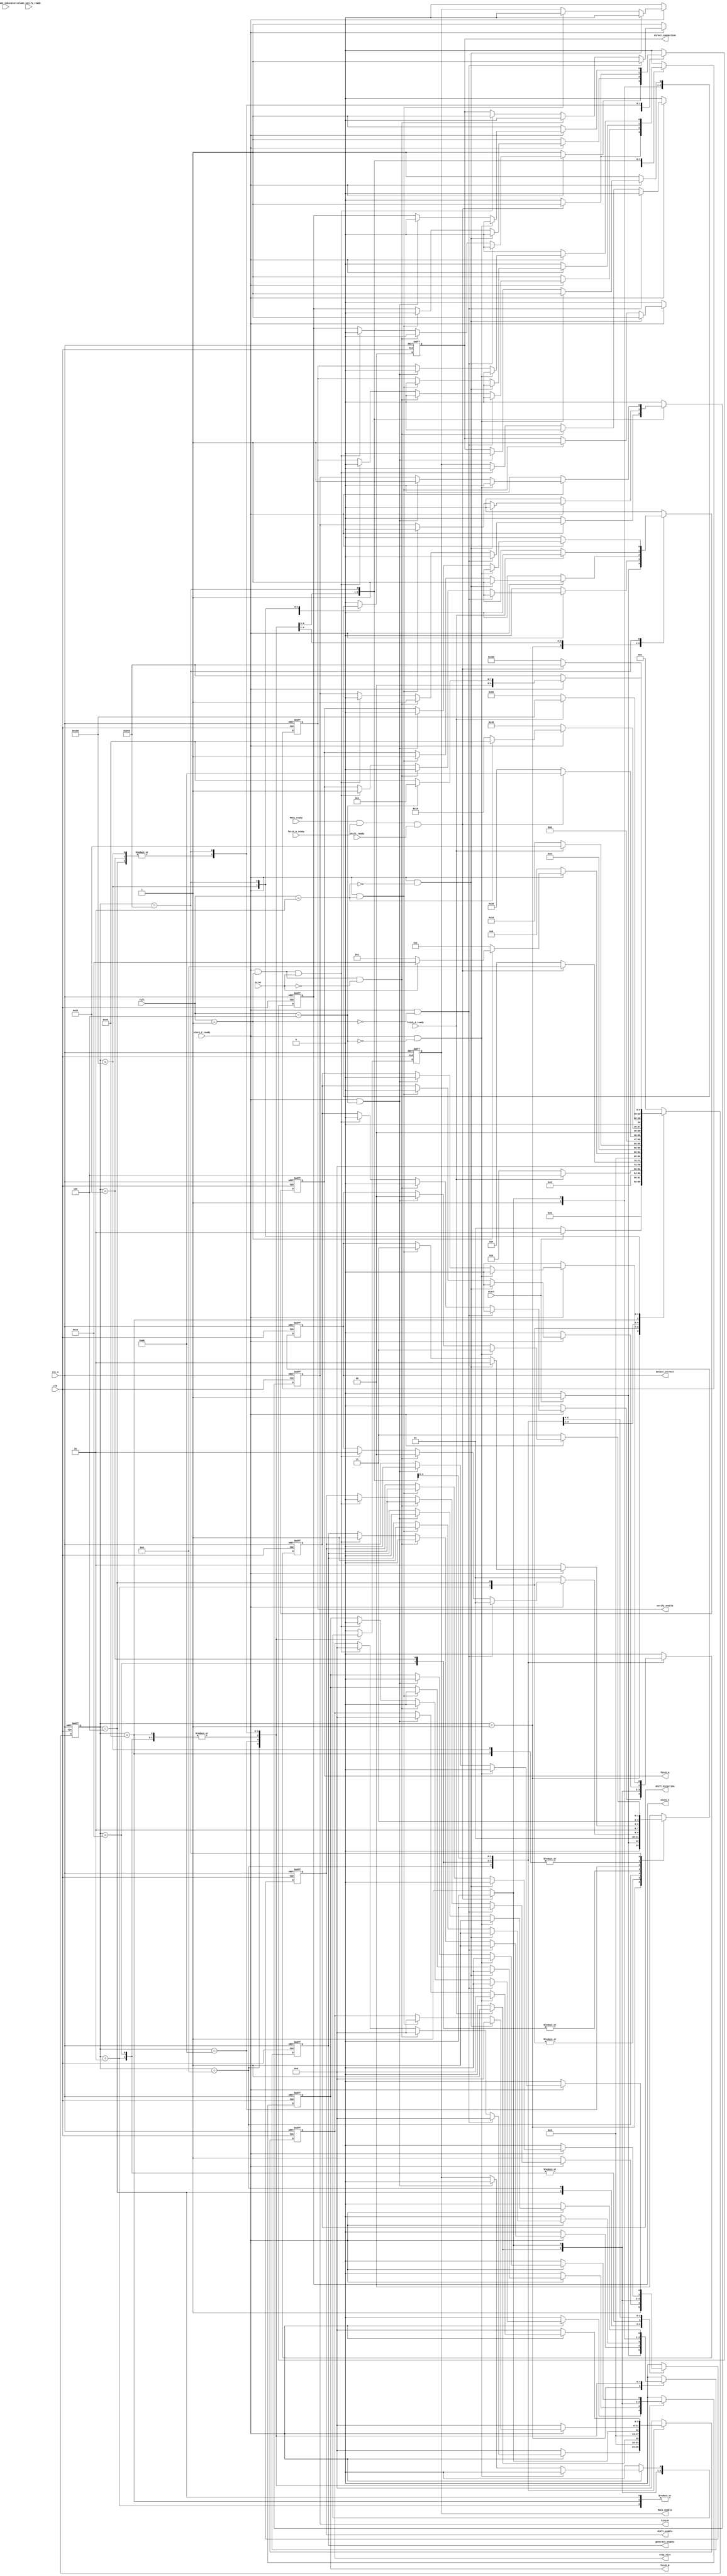
// This program was cloned from: https://github.com/Mavvenger/Matrix_Multiplication_Hardwre_Accelerator_with_Fault_Tolerance_Logic
// License: GNU General Public License v3.0

`timescale 1ns / 1ps
//////////////////////////////////////////////////////////////////////////////////
// Company: 
// Engineer: 
// 
// Design Name: 
// Module Name: FSM_for_Baseline_with_Fault_Tolerance_Logic
// Project Name: 
// Target Devices: 
// Tool Versions: 
// Description: 
// 
// Dependencies: 
// 
// Revision:
// Revision 0.01 - File Created
// Additional Comments:
// 
//////////////////////////////////////////////////////////////////////////////////
//assign
//(=<=initialalways)
//=initial
//clkclk
//alwaysalwaysVerilog
//always@(*)tb
//RTL(always
module FSM_for_Baseline_with_Fault_Tolerance_Logic(
    //input ports
    input clk,
    input rst_n, //rst_n
    //testbench
    input start,
    input store_C_ready,
    //MACs
    input MACs_ready,
    //
    input fetch_A_ready,
    input fetch_B_ready,
    input [2:0] full,
    //
    input shift_ready,
    //
    input [32:0] column_indicator, //
    input error,
    input column_verify_ready,  //
    
    // output ports
    //
    output [1:0] detect_correct,
    output generate_enable,
    output fetch_A,
    output fetch_B,
    //
    output shift_enable,
    output shift_direction,
    output [5:0] step_size,
    output direct_connection,
    //
    output verify_enable,
    //MACs
    output MACs_enable,
    //testbench
    output store_C,
    output finish
    );
    ///////////////////////////////////////////////////////////////
    /////////////////////////////////////////////////////////
    //////////////////////////////////////////////////////////////////
    
    ///////////////////////////////////////////////////////////////
    reg [9:0] state,
              next_state;
    ///////////////////////////////////////////////////////////////
    //,OneHot
    parameter   IDLE = 10'b00000_00001,
                Buffer_row_A = 10'b00000_00010,
                Multiply_accumulate = 10'b00000_00100,
                Write_row_C =10'b00000_01000,
                Buffer_row_A_Correct1 = 10'b00000_10000,
                Multiply_Accumulate_Correct1 = 10'b00001_00000,
                Write_row_C_Correct1 = 10'b00010_00000,
                Buffer_row_A_Correct2 = 10'b00100_00000,
                Multiply_Accumulate_Correct2 = 10'b01000_00000,
                Write_row_C_Correct2 = 10'b10000_00000;
    /////////////////////////////////////////////////////////////////

    ////////////////////////////////////////////
    reg [1:0] O_detect_correct;
    reg [5:0] O_step_size;
    reg O_generate_enable,
        O_fetch_A,
        O_fetch_B,
        O_shift_enable,
        O_shift_direction,
        O_direct_connection,
        O_verify_enable,
        O_MACs_enable,
        O_store_C,
        O_finish;

    //////////////////////////////////////////////////////////////////////////////////////////////////////
    //
    always@(posedge clk or negedge rst_n)begin
        if(!rst_n)begin
            state <= IDLE;
        end
        else begin
            state <= next_state;
        end
    end
    //
    always@(*) begin
      case(state)
        IDLE: 
            next_state = (start) ? Buffer_row_A : IDLE;
        Buffer_row_A:
            if(fetch_A_ready == 1'b1) begin
                next_state = Multiply_accumulate;
            end else begin
                next_state = Buffer_row_A;
            end
            // next_state = (fetch_A_ready) ? Multiply_accumulate : Buffer_row_A;
        Multiply_accumulate:
            if(MACs_ready&&fetch_B_ready&&shift_ready == 1'b1) begin
                next_state = Write_row_C;
            end else begin
                next_state = Multiply_accumulate;
            end
            // next_state = (MACs_ready&&fetch_B_ready) ? Write_row_C : Multiply_accumulate;
        Write_row_C:
            next_state = (!store_C_ready) ? Write_row_C : ((~(full[2:0]==3'd1)) ? Buffer_row_A : ((~error) ? IDLE : Buffer_row_A_Correct1));
        Buffer_row_A_Correct1:
            next_state = (fetch_A_ready) ? Multiply_Accumulate_Correct1 : Buffer_row_A_Correct1;
        Multiply_Accumulate_Correct1:
            next_state = (MACs_ready&&fetch_B_ready&&shift_ready) ? Write_row_C_Correct1 : Multiply_Accumulate_Correct1;
        Write_row_C_Correct1:
            next_state = (!store_C_ready) ? Write_row_C_Correct1 : ((~(full[2:0]==3'd2)) ? Buffer_row_A_Correct1 : Buffer_row_A_Correct2);
        Buffer_row_A_Correct2:
            next_state = (!fetch_A_ready) ? Buffer_row_A_Correct2 : Multiply_Accumulate_Correct2;
        Multiply_Accumulate_Correct2:
            next_state = (MACs_ready&&fetch_B_ready&&shift_ready) ? Write_row_C_Correct2 : Multiply_Accumulate_Correct2;
        Write_row_C_Correct2:
            next_state = (!store_C_ready) ? Write_row_C_Correct2 : ((~(full[2:0]==3'd4)) ? Buffer_row_A_Correct2 : IDLE);
        default:
            next_state = IDLE;
      endcase
    end
    //
    always@(posedge clk or negedge rst_n) begin
        if(!rst_n)begin //IDLE
            //
            O_detect_correct <= 2'd0;
            O_generate_enable <= 1'd0;
            O_fetch_A <= 1'd0;
            O_fetch_B <= 1'd0;
            //
            O_shift_enable <= 1'd0;
            O_shift_direction <= 1'd0;
            O_step_size <= 6'd0;
            O_direct_connection <= 1'd0;
            //
            O_verify_enable <= 1'd0;
            //MACs
            O_MACs_enable <= 1'd0;
            //testbench
            O_store_C <= 1'd0;
            O_finish <= 1'd0;
        end
        else begin
          case(state) //statecase(state)state
                IDLE: //RTL
                    begin
                      if(start)begin //ABMACsAmuxmux_sel
                          //
                            O_detect_correct <= 2'd1;
                            O_generate_enable <= 1'd1;
                            O_fetch_A <= 1'd1;
                            O_fetch_B <= 1'd0;
                            //
                            O_shift_enable <= 1'd0;
                            O_shift_direction <= 1'd0;
                            O_step_size <= 6'd0;
                            O_direct_connection <= 1'd1;
                            //
                            O_verify_enable <= 1'd0;
                            //MACs
                            O_MACs_enable <= 1'd0;
                            //testbench
                            O_store_C <= 1'd0;
                            O_finish <= 1'd0;
                      end
                      else begin //IDLE
                            //
                            O_detect_correct <= 2'd0;
                            O_generate_enable <= 1'd0;
                            O_fetch_A <= 1'd0;
                            O_fetch_B <= 1'd0;
                            //
                            O_shift_enable <= 1'd0;
                            O_shift_direction <= 1'd0;
                            O_step_size <= 6'd0;
                            O_direct_connection <= 1'd0;
                            //
                            O_verify_enable <= 1'd0;
                            //MACs
                            O_MACs_enable <= 1'd0;
                            //testbench
                            O_store_C <= 1'd0;
                            O_finish <= 1'd0;
                      end
                    end
                Buffer_row_A:
                    begin
                      if(fetch_A_ready)begin   //Multiply_accumulate
                            //
                            O_detect_correct <= 2'd1;
                            O_generate_enable <= 1'd1;
                            O_fetch_A <= 1'd0;
                            O_fetch_B <= 1'd1;
                            //
                            O_shift_enable <= 1'd1;
                            O_shift_direction <= 1'd0;
                            O_step_size <= 6'd0;
                            O_direct_connection <= 1'd1;
                            //
                            O_verify_enable <= 1'd0;
                            //MACs
                            O_MACs_enable <= 1'd1;
                            //testbench
                            O_store_C <= 1'd0;
                            O_finish <= 1'd0;
                      end
                      else begin    //Buffer_row_A
                            //
                            O_detect_correct <= 2'd1;
                            O_generate_enable <= 1'd1;
                            O_fetch_A <= 1'd1;
                            O_fetch_B <= 1'd0;
                            //
                            O_shift_enable <= 1'd0;
                            O_shift_direction <= 1'd0;
                            O_step_size <= 6'd0;
                            O_direct_connection <= 1'd1;
                            //
                            O_verify_enable <= 1'd0;
                            //MACs
                            O_MACs_enable <= 1'd0;
                            //testbench
                            O_store_C <= 1'd0;
                            O_finish <= 1'd0;
                      end
                    end
                Multiply_accumulate:
                    begin
                      if(MACs_ready&&fetch_B_ready&&shift_ready)begin  //Write_row_C
                            //
                            O_detect_correct <= 2'd1;
                            O_generate_enable <= 1'd0;
                            O_fetch_A <= 1'd0;
                            O_fetch_B <= 1'd0;
                            //
                            O_shift_enable <= 1'd1;
                            O_shift_direction <= 1'd0;
                            O_step_size <= 6'd0;
                            O_direct_connection <= 1'd1;
                            //
                            O_verify_enable <= 1'd1;
                            //MACs
                            O_MACs_enable <= 1'd0;
                            //testbench
                            O_store_C <= 1'd1;
                            O_finish <= 1'd0;
                      end
                      else begin            //Multiply_accumulate
                            //
                            O_detect_correct <= 2'd1;
                            O_generate_enable <= 1'd1;
                            O_fetch_A <= 1'd0;
                            O_fetch_B <= 1'd1;
                            //
                            O_shift_enable <= 1'd1;
                            O_shift_direction <= 1'd0;
                            O_step_size <= 6'd0;
                            O_direct_connection <= 1'd1;
                            //
                            O_verify_enable <= 1'd0;
                            //MACs
                            O_MACs_enable <= 1'd1;
                            //testbench
                            O_store_C <= 1'd0;
                            O_finish <= 1'd0;
                      end
                    end
                Write_row_C:
                    begin
                      if(!store_C_ready)begin //Write_row_C
                            //
                            O_detect_correct <= 2'd1;
                            O_generate_enable <= 1'd0;
                            O_fetch_A <= 1'd0;
                            O_fetch_B <= 1'd0;
                            //
                            O_shift_enable <= 1'd1;
                            O_shift_direction <= 1'd0;
                            O_step_size <= 6'd0;
                            O_direct_connection <= 1'd1;
                            //
                            O_verify_enable <= 1'd1;
                            //MACs
                            O_MACs_enable <= 1'd0;
                            //testbench
                            O_store_C <= 1'd1;
                            O_finish <= 1'd0;
                      end
                      else if(store_C_ready&&~(full==3'd1)) begin//Buffer_row_A
                            //
                            O_detect_correct <= 2'd1;
                            O_generate_enable <= 1'd1;
                            O_fetch_A <= 1'd1;
                            O_fetch_B <= 1'd0;
                            //
                            O_shift_enable <= 1'd0;
                            O_shift_direction <= 1'd0;
                            O_step_size <= 6'd0;
                            O_direct_connection <= 1'd1;
                            //
                            O_verify_enable <= 1'd0;
                            //MACs
                            O_MACs_enable <= 1'd0;
                            //testbench
                            O_store_C <= 1'd0;
                            O_finish <= 1'd0;
                      end
                      else if(store_C_ready&&(full==3'd1)&&~error) begin//IDLE
                            //
                            O_detect_correct <= 2'd0;
                            O_generate_enable <= 1'd0;
                            O_fetch_A <= 1'd0;
                            O_fetch_B <= 1'd0;
                            //
                            O_shift_enable <= 1'd0;
                            O_shift_direction <= 1'd0;
                            O_step_size <= 6'd0;
                            O_direct_connection <= 1'd0;
                            //
                            O_verify_enable <= 1'd0;
                            //MACs
                            O_MACs_enable <= 1'd0;
                            //testbench
                            O_store_C <= 1'd0;
                            O_finish <= 1'd1;
                      end
                      else if(store_C_ready&&(full==3'd1)&&error) begin //Buffer_row_A_Correct1
                            //
                            O_detect_correct <= 2'd2;
                            O_generate_enable <= 1'd1;
                            O_fetch_A <= 1'd1;
                            O_fetch_B <= 1'd0;
                            //
                            O_shift_enable <= 1'd0;
                            O_shift_direction <= 1'd0;
                            O_step_size <= 6'd0;
                            O_direct_connection <= 1'd1;
                            //
                            O_verify_enable <= 1'd0;
                            //MACs
                            O_MACs_enable <= 1'd0;
                            //testbench
                            O_store_C <= 1'd0;
                            O_finish <= 1'd0;
                      end
                    end
                Buffer_row_A_Correct1:
                    begin
                      if(!fetch_A_ready) begin    //Buffer_row_A_Correct1
                            //
                            O_detect_correct <= 2'd2;
                            O_generate_enable <= 1'd1;
                            O_fetch_A <= 1'd1;
                            O_fetch_B <= 1'd0;
                            //
                            O_shift_enable <= 1'd0;
                            O_shift_direction <= 1'd0;
                            O_step_size <= 6'd0;
                            O_direct_connection <= 1'd1;
                            //
                            O_verify_enable <= 1'd0;
                            //MACs
                            O_MACs_enable <= 1'd0;
                            //testbench
                            O_store_C <= 1'd0;
                            O_finish <= 1'd0;
                      end else begin          //Multiply_Accumulate_Correct1
                            //
                            O_detect_correct <= 2'd2;
                            O_generate_enable <= 1'd1;
                            O_fetch_A <= 1'd0;
                            O_fetch_B <= 1'd1;
                            //
                            O_shift_enable <= 1'd1;
                            O_shift_direction <= 1'd1;//
                            O_step_size <= 6'd1;//1
                            O_direct_connection <= 1'd0;
                            //
                            O_verify_enable <= 1'd0;
                            //MACs
                            O_MACs_enable <= 1'd1;
                            //testbench
                            O_store_C <= 1'd0;
                            O_finish <= 1'd0;
                      end
                    end  
                Multiply_Accumulate_Correct1:
                    begin
                      if(MACs_ready&&fetch_B_ready&&shift_ready)begin    //Write_row_C_Correct1
                            //
                            O_detect_correct <= 2'd2;
                            O_generate_enable <= 1'd0;
                            O_fetch_A <= 1'd0;
                            O_fetch_B <= 1'd0;
                            //
                            O_shift_enable <= 1'd0;
                            O_shift_direction <= 1'd0;
                            O_step_size <= 6'd0;
                            O_direct_connection <= 1'd0;
                            //
                            O_verify_enable <= 1'd0;
                            //MACs
                            O_MACs_enable <= 1'd0;
                            //testbench
                            O_store_C <= 1'd1;
                            O_finish <= 1'd0;
                      end
                      else begin    //Multiply_Accumulate_Correct1
                            //
                            O_detect_correct <= 2'd2;
                            O_generate_enable <= 1'd1;
                            O_fetch_A <= 1'd0;
                            O_fetch_B <= 1'd1;
                            //
                            O_shift_enable <= 1'd1;
                            O_shift_direction <= 1'd1;//
                            O_step_size <= 6'd1;//1
                            O_direct_connection <= 1'd0;
                            //
                            O_verify_enable <= 1'd0;
                            //MACs
                            O_MACs_enable <= 1'd1;
                            //testbench
                            O_store_C <= 1'd0;
                            O_finish <= 1'd0;
                      end
                    end
                Write_row_C_Correct1:
                    begin
                      if(!store_C_ready) begin     //Write_row_C_Correct1
                            //
                            O_detect_correct <= 2'd2;
                            O_generate_enable <= 1'd0;
                            O_fetch_A <= 1'd0;
                            O_fetch_B <= 1'd0;
                            //
                            O_shift_enable <= 1'd0;
                            O_shift_direction <= 1'd0;
                            O_step_size <= 6'd0;
                            O_direct_connection <= 1'd0;
                            //
                            O_verify_enable <= 1'd0;
                            //MACs
                            O_MACs_enable <= 1'd0;
                            //testbench
                            O_store_C <= 1'd1;
                            O_finish <= 1'd0;
                      end else if(store_C_ready&&~(full==3'd2)) begin   //Buffer_row_A_Correct1
                            //
                            O_detect_correct <= 2'd2;
                            O_generate_enable <= 1'd1;
                            O_fetch_A <= 1'd1;
                            O_fetch_B <= 1'd0;
                            //
                            O_shift_enable <= 1'd0;
                            O_shift_direction <= 1'd0;
                            O_step_size <= 6'd0;
                            O_direct_connection <= 1'd1;
                            //
                            O_verify_enable <= 1'd0;
                            //MACs
                            O_MACs_enable <= 1'd0;
                            //testbench
                            O_store_C <= 1'd0;
                            O_finish <= 1'd0;
                      end else if(store_C_ready&&(full==3'd2)) begin //Buffer_row_A_Correct1
                            //                          //Buffer_row_A_Correct2
                            O_detect_correct <= 2'd3;
                            O_generate_enable <= 1'd1;
                            O_fetch_A <= 1'd1;
                            O_fetch_B <= 1'd0;
                            //
                            O_shift_enable <= 1'd0;
                            O_shift_direction <= 1'd0;
                            O_step_size <= 6'd0;
                            O_direct_connection <= 1'd1;
                            //
                            O_verify_enable <= 1'd0;
                            //MACs
                            O_MACs_enable <= 1'd0;
                            //testbench
                            O_store_C <= 1'd0;
                            O_finish <= 1'd0;
                      end
                    end
                Buffer_row_A_Correct2:
                    begin
                      if(!fetch_A_ready) begin   //Buffer_row_A_Correct2
                            //    
                            O_detect_correct <= 2'd3;
                            O_generate_enable <= 1'd1;
                            O_fetch_A <= 1'd1;
                            O_fetch_B <= 1'd0;
                            //
                            O_shift_enable <= 1'd0;
                            O_shift_direction <= 1'd0;
                            O_step_size <= 6'd0;
                            O_direct_connection <= 1'd1;
                            //
                            O_verify_enable <= 1'd0;
                            //MACs
                            O_MACs_enable <= 1'd0;
                            //testbench
                            O_store_C <= 1'd0;
                            O_finish <= 1'd0;
                      end else begin       //Multiply_Accumulate_Correct2
                            //    
                            O_detect_correct <= 2'd3;
                            O_generate_enable <= 1'd1;
                            O_fetch_A <= 1'd0;
                            O_fetch_B <= 1'd1;
                            //
                            O_shift_enable <= 1'd0;
                            O_shift_direction <= 1'd0;
                            O_step_size <= 6'd0;
                            O_direct_connection <= 1'd1;
                            //
                            O_verify_enable <= 1'd0;
                            //MACs
                            O_MACs_enable <= 1'd1;
                            //testbench
                            O_store_C <= 1'd0;
                            O_finish <= 1'd0;
                      end
                    end
                Multiply_Accumulate_Correct2:
                    begin
                      if(fetch_B_ready&&MACs_ready&&shift_ready) begin //Write_row_C_Correct2
                            //    
                            O_detect_correct <= 2'd3;
                            O_generate_enable <= 1'd0;
                            O_fetch_A <= 1'd0;
                            O_fetch_B <= 1'd0;
                            //
                            O_shift_enable <= 1'd0;
                            O_shift_direction <= 1'd0;
                            O_step_size <= 6'd0;
                            O_direct_connection <= 1'd0;
                            //
                            O_verify_enable <= 1'd0;
                            //MACs
                            O_MACs_enable <= 1'd0;
                            //testbench
                            O_store_C <= 1'd1;
                            O_finish <= 1'd0;
                      end else begin  //Multiply_Accumulate_Correct2
                            //    
                            O_detect_correct <= 2'd3;
                            O_generate_enable <= 1'd1;
                            O_fetch_A <= 1'd0;
                            O_fetch_B <= 1'd1;
                            //
                            O_shift_enable <= 1'd0;
                            O_shift_direction <= 1'd0;
                            O_step_size <= 6'd0;
                            O_direct_connection <= 1'd1;
                            //
                            O_verify_enable <= 1'd0;
                            //MACs
                            O_MACs_enable <= 1'd1;
                            //testbench
                            O_store_C <= 1'd0;
                            O_finish <= 1'd0;
                      end 
                    end
                Write_row_C_Correct2:
                    begin
                      if(!store_C_ready) begin //Write_row_C_Correct2
                            //    
                            O_detect_correct <= 2'd3;
                            O_generate_enable <= 1'd0;
                            O_fetch_A <= 1'd0;
                            O_fetch_B <= 1'd0;
                            //
                            O_shift_enable <= 1'd0;
                            O_shift_direction <= 1'd0;
                            O_step_size <= 6'd0;
                            O_direct_connection <= 1'd1;
                            //
                            O_verify_enable <= 1'd0;
                            //MACs
                            O_MACs_enable <= 1'd0;
                            //testbench
                            O_store_C <= 1'd1;
                            O_finish <= 1'd0;
                      end else if(store_C_ready&&~(full==3'd4)) begin //Buffer_row_A_Correct2
                            //    
                            O_detect_correct <= 2'd3;
                            O_generate_enable <= 1'd1;
                            O_fetch_A <= 1'd1;
                            O_fetch_B <= 1'd0;
                            //
                            O_shift_enable <= 1'd0;
                            O_shift_direction <= 1'd0;
                            O_step_size <= 6'd0;
                            O_direct_connection <= 1'd1;
                            //
                            O_verify_enable <= 1'd0;
                            //MACs
                            O_MACs_enable <= 1'd0;
                            //testbench
                            O_store_C <= 1'd0;
                            O_finish <= 1'd0;
                      end else if(store_C_ready&&(full==3'd4)) begin //IDLE
                            //
                            O_detect_correct <= 2'd0;
                            O_generate_enable <= 1'd0;
                            O_fetch_A <= 1'd0;
                            O_fetch_B <= 1'd0;
                            //
                            O_shift_enable <= 1'd0;
                            O_shift_direction <= 1'd0;
                            O_step_size <= 6'd0;
                            O_direct_connection <= 1'd0;
                            //
                            O_verify_enable <= 1'd0;
                            //MACs
                            O_MACs_enable <= 1'd0;
                            //testbench
                            O_store_C <= 1'd0;
                            O_finish <= 1'd1;
                      end
                    end
              default :
                    begin //IDLE
                            //
                            O_detect_correct <= 2'd0;
                            O_generate_enable <= 1'd0;
                            O_fetch_A <= 1'd0;
                            O_fetch_B <= 1'd0;
                            //
                            O_shift_enable <= 1'd0;
                            O_shift_direction <= 1'd0;
                            O_step_size <= 6'd0;
                            O_direct_connection <= 1'd0;
                            //
                            O_verify_enable <= 1'd0;
                            //MACs
                            O_MACs_enable <= 1'd0;
                            //testbench
                            O_store_C <= 1'd0;
                            O_finish <= 1'd0;
                    end
          endcase
        end
    end
    
    assign  detect_correct = O_detect_correct,
            generate_enable = O_generate_enable,
            fetch_A = O_fetch_A,
            fetch_B = O_fetch_B,
            
            shift_enable = O_shift_enable,
            shift_direction = O_shift_direction,
            step_size = O_step_size,
            direct_connection = O_direct_connection,

            verify_enable = O_verify_enable,

            MACs_enable = O_MACs_enable,

            store_C = O_store_C,
            finish = O_finish;
endmodule